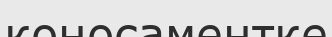
коносаментке